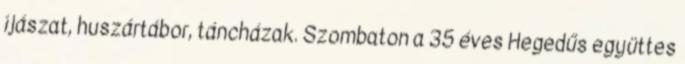
íjászat, huszártábor, táncházak. Szombaton a 35 éves Hegedűs együttes